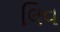
લિવ